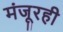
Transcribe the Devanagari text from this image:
मंजूरही